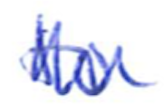
Text: to
Cross-out: zig-zag
Writing tool: ballpoint